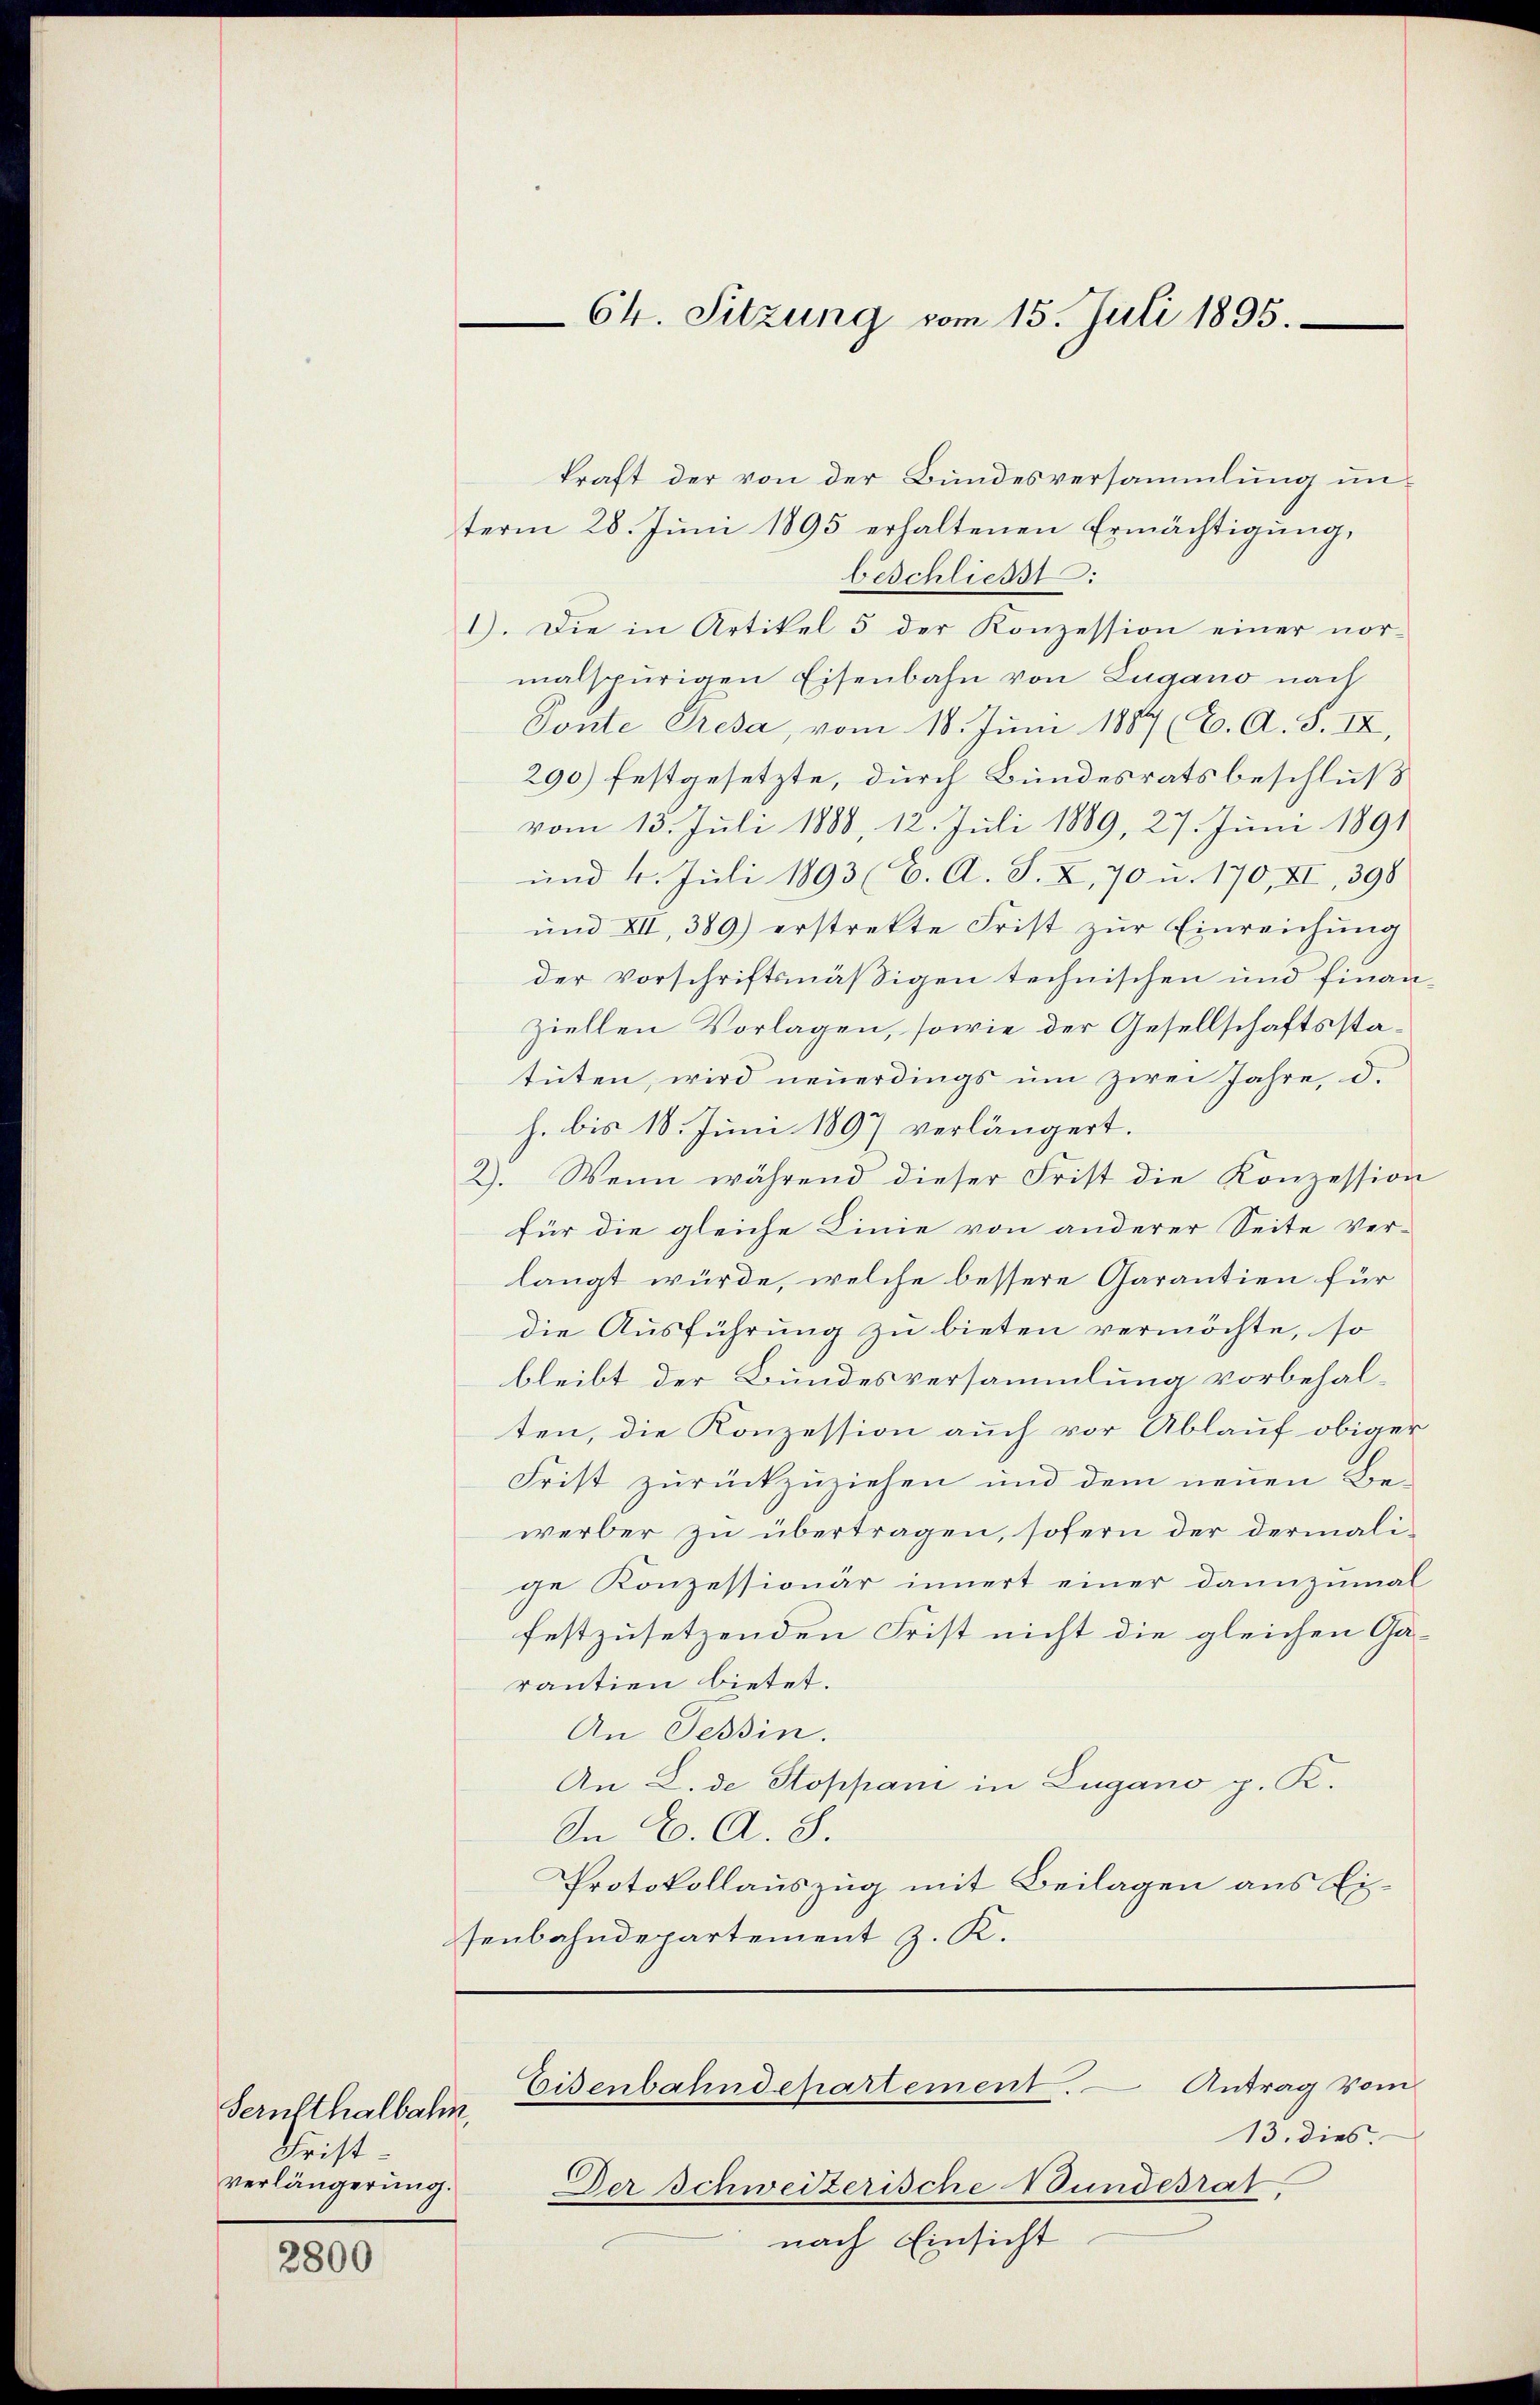
Serutthalbahn
Fristverlängerung.

2800

Ch. Sitzung vom 15. Juli 1895.

kraft der von der Bundesversammlung unterm 28. Juni 1895 erhaltenen Ermächtigung,
beschließt:
I). Die in Artikel 5 der Konzession einer normalspurigen Eisenbahn von Lugano nach
Ponte Presa, vom 18. Juni 1887 (C. A. S. IX,
290) festgesetzte, durch Bundesratsbeschluß
vom 13. Juli 1888, 12. Juli 1889, 27. Juni 1891
und 4. Juli 1893 (C. A. S. X, 70 u. 170, XI, 398
und XII, 389) erstrekte Frist zur Einreichung
der Vorschriftsmäßigen technischen und finanziellen Vorlagen, sowie der Gesellschaftsstatuten, wird neuerdings um zwei Jahre, d.
h. bis 18. Juni 1897 verlängert.
2). Wenn während dieser Frist die Konzession
für die gleiche Linie von anderer Seite Ver-
langt würde, welche bessere Garantien für
die Ausführung zu bieten vermöchte, so
bleibt der Bundesversammlung vorbehalten, die Konzession auch vor Ablauf obiger
Frist zurückzuziehen und dem neuen Be-
werber zu übertragen, sofern der dermalige Konzessionär innert einer dannzumal
festzusetzenden Frist nicht die gleichen Ga-
rantien bietet.
An Tessin.
An L. de Stoppani in Lugano p. K.
In C. A. S.
Protokollauszug mit Beilagen aus Eisenbahndepartement z. K.

Eisenbahndepartement. — Antrag vom

13. dies.
Der Schweizerische Bundesrat.
nach Einsicht